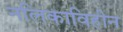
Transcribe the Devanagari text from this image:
नलिकाविहीन